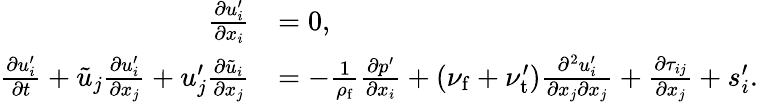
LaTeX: \begin{array}{rl}{\frac{\partial u_{i}^{\prime}}{\partial x_{i}}}&{=0,}\\ {\frac{\partial{u}_{i}^{\prime}}{\partial t}+\tilde{u}_{j}\frac{\partial u_{i}^{\prime}}{\partial x_{j}}+u_{j}^{\prime}\frac{\partial\tilde{u}_{i}}{\partial x_{j}}}&{=-\frac{1}{\rho_{\mathrm{f}}}\frac{\partial p^{\prime}}{\partial x_{i}}+(\nu_{\mathrm{f}}+\nu_{\mathrm{t}}^{\prime})\frac{\partial^{2}u_{i}^{\prime}}{\partial x_{j}\partial x_{j}}+\frac{\partial\tau_{ij}}{\partial x_{j}}+s_{i}^{\prime}.}\end{array}